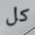
كل